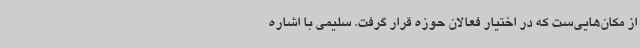
از مکان‌هایی‌ست که در اختیار فعالان حوزه قرار گرفت. سلیمی با اشاره